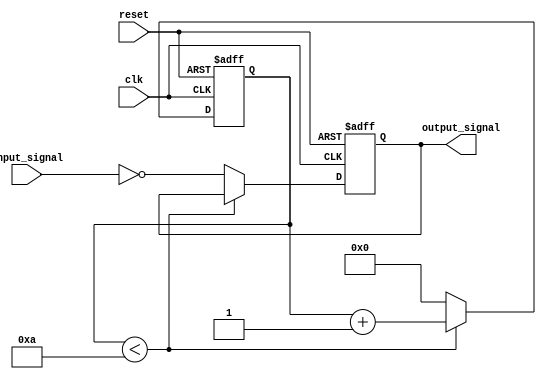
module InverterDelay (
    input wire clk,
    input wire reset,
    input wire input_signal,
    output reg output_signal
);

parameter DELAY_AMOUNT = 10; // Example delay amount in clock cycles

reg [DELAY_AMOUNT-1:0] delay_counter;

always @(posedge clk or posedge reset) begin
    if (reset) begin
        delay_counter <= 0;
        output_signal <= 1'b0; // Inverted output signal
    end else begin
        if (delay_counter < DELAY_AMOUNT) begin
            delay_counter <= delay_counter + 1;
        end else begin
            delay_counter <= 0;
            output_signal <= ~input_signal; // Invert input signal after delay
        end
    end
end

endmodule